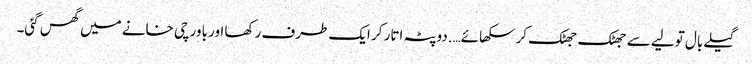
گیلے بال تولیے سے جھٹک جھٹک کر سکھائے….دوپٹہ اتار کر ایک طرف رکھا اور باورچی خانے میں گھس گئی۔